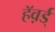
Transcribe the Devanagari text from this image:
हॅव़र्ड्